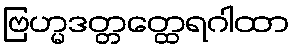
ဗြဟ္မဒတ္တတ္ထေရဂါထာ